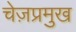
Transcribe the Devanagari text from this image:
चेज़प्रमुख